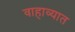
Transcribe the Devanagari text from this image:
वाहाव्यात